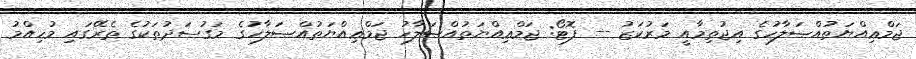
ޖަމްޢިއްޔަތުއްޞަލާހުގެ އިޖުތިމާއީ މަރުކަޒު -- ފޮޓޯ: ޖަމްޢިއްޔަތުއްޞަލާހު ޖަމްޢިއްޔަތުއްޞަލާހުގެ މަގުސަދުތަކުގެ ތެރޭގައި މުހިއްމު